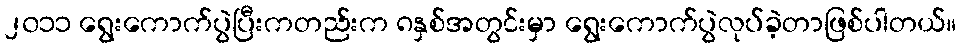
၂၀၁၁ ရွေးကောက်ပွဲပြီးကတည်းက ၈နှစ်အတွင်းမှာ ရွေးကောက်ပွဲလုပ်ခဲ့တာဖြစ်ပါတယ်။